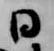
日